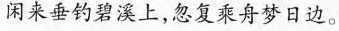
闲来垂钓碧溪上，忽复乘舟梦日边。